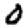
Digit: 0